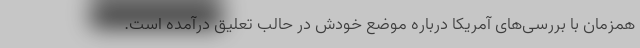
همزمان با بررسی‌های آمریکا درباره موضع خودش در حالب تعلیق درآمده است.